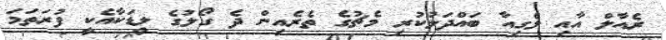
ރެއާލް އާއި ލެގިއާ ބައްދަލުކުރި މެޗުގެ ތެރެއިން ދެ ގޯލުގެ ލީޑަކާއެކީ ފުރަތަމަ